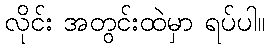
လိုင်း အတွင်းထဲမှာ ရပ်ပါ။